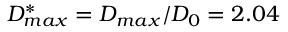
D _ { m a x } ^ { * } = D _ { m a x } / D _ { 0 } = 2 . 0 4